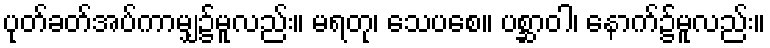
ပုတ်ခတ်အပ်ကာမျှ၌မူလည်း။ မရတု၊ သေပစေ။ ပစ္ဆာဝါ၊ နောက်၌မူလည်း။